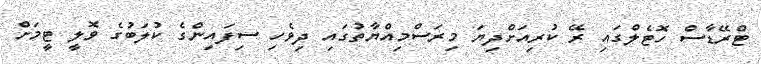
ޓްރޭޑާސް ހޮޓެލްގައި ރޭ ކުރިއަށްދިޔަ މިރަސްމިއްޔާތުގައި ދިވެހި ސިފައިންގެ ކުލަބުގެ ވޮލީ ޓީމަށް